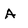
Character: A